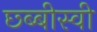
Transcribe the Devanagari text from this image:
छ्ब्बीस्वी